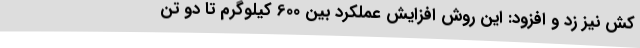
کش نیز زد و افزود: این روش افزایش عملکرد بین 600 کیلوگرم تا دو تن